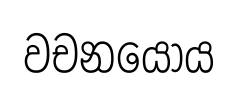
වචනයෝය